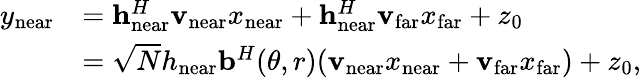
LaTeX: \begin{array}{rl}{y_{\mathrm{near}}}&{=\mathbf{h}_{\mathrm{near}}^{H}\mathbf{v}_{\mathrm{near}}x_{\mathrm{near}}+\mathbf{h}_{\mathrm{near}}^{H}\mathbf{v}_{\mathrm{far}}x_{\mathrm{far}}+z_{0}}\\ &{=\sqrt{N}h_{\mathrm{near}}\mathbf{b}^{H}(\theta,r)(\mathbf{v}_{\mathrm{near}}x_{\mathrm{near}}+\mathbf{v}_{\mathrm{far}}x_{\mathrm{far}})+z_{0},}\end{array}